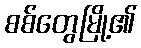
စစ်တွေမြို့၏